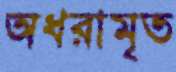
অধরামৃত